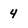
Character: 4